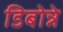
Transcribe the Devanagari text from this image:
डिबोन्ने